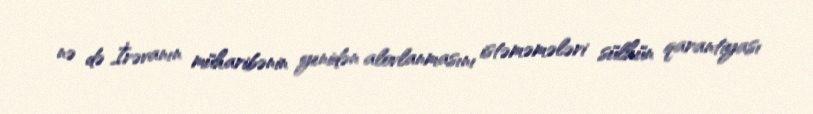
nə də İrəvanın müharibənin yenidən alovlanmasını istəməmələri sülhün qarantiyası